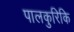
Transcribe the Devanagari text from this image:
पालकुरिकि